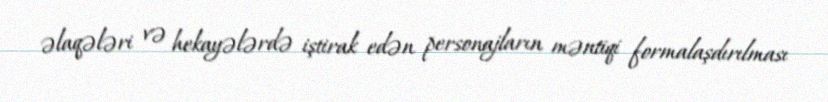
əlaqələri və hekayələrdə iştirak edən personajların məntiqi formalaşdırılması